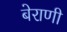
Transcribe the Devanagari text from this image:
बेराणी